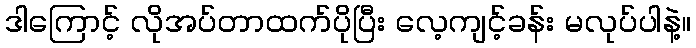
ဒါကြောင့် လိုအပ်တာထက်ပိုပြီး လေ့ကျင့်ခန်း မလုပ်ပါနဲ့။